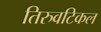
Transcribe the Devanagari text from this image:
तिरुवटिकल